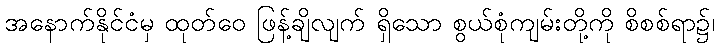
အနောက်နိုင်ငံမှ ထုတ်ဝေ ဖြန့်ချိလျက် ရှိသော စွယ်စုံကျမ်းတို့ကို စိစစ်ရာ၌၊